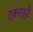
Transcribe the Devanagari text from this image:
टकराहटें